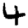
Digit: 4